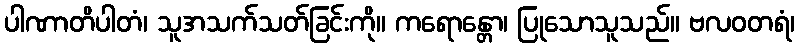
ပါဏာတိပါတံ၊ သူအသက်သတ်ခြင်းကို။ ကရောန္တော၊ ပြုသောသူသည်။ ဗလဝတရံ၊